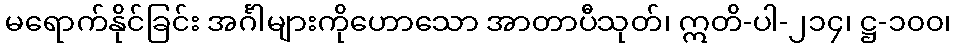
မရောက်နိုင်ခြင်း အင်္ဂါများကိုဟောသော အာတာပီသုတ်၊ ဣတိ-ပါ-၂၁၄၊ ဋ္ဌ-၁၀၀၊